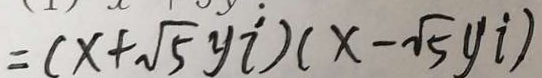
= ( x + \sqrt { 5 } y i ) ( x - \sqrt { 5 } y i )